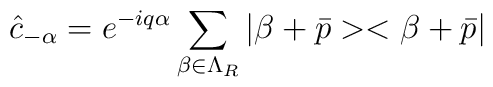
\hat{c}_{-\alpha} = e^{-iq\alpha}\sum_{\beta\in\Lambda_{R}}                                           |\beta + \bar{p}><\beta + \bar{p}|